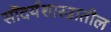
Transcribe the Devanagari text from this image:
सौंदर्यशास्त्रातील